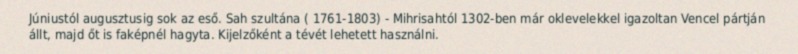
Júniustól augusztusig sok az eső. Sah szultána ( 1761-1803) - Mihrisahtól 1302-ben már oklevelekkel igazoltan Vencel pártján állt, majd őt is faképnél hagyta. Kijelzőként a tévét lehetett használni.